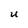
Character: U